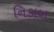
નિકાબ